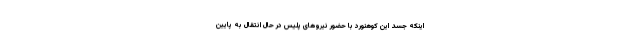
اینکه جسد این کوهنورد با حضور نیروهای پلیس در حال انتقال به پایین